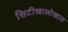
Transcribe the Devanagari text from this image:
सिटीखालोखाल